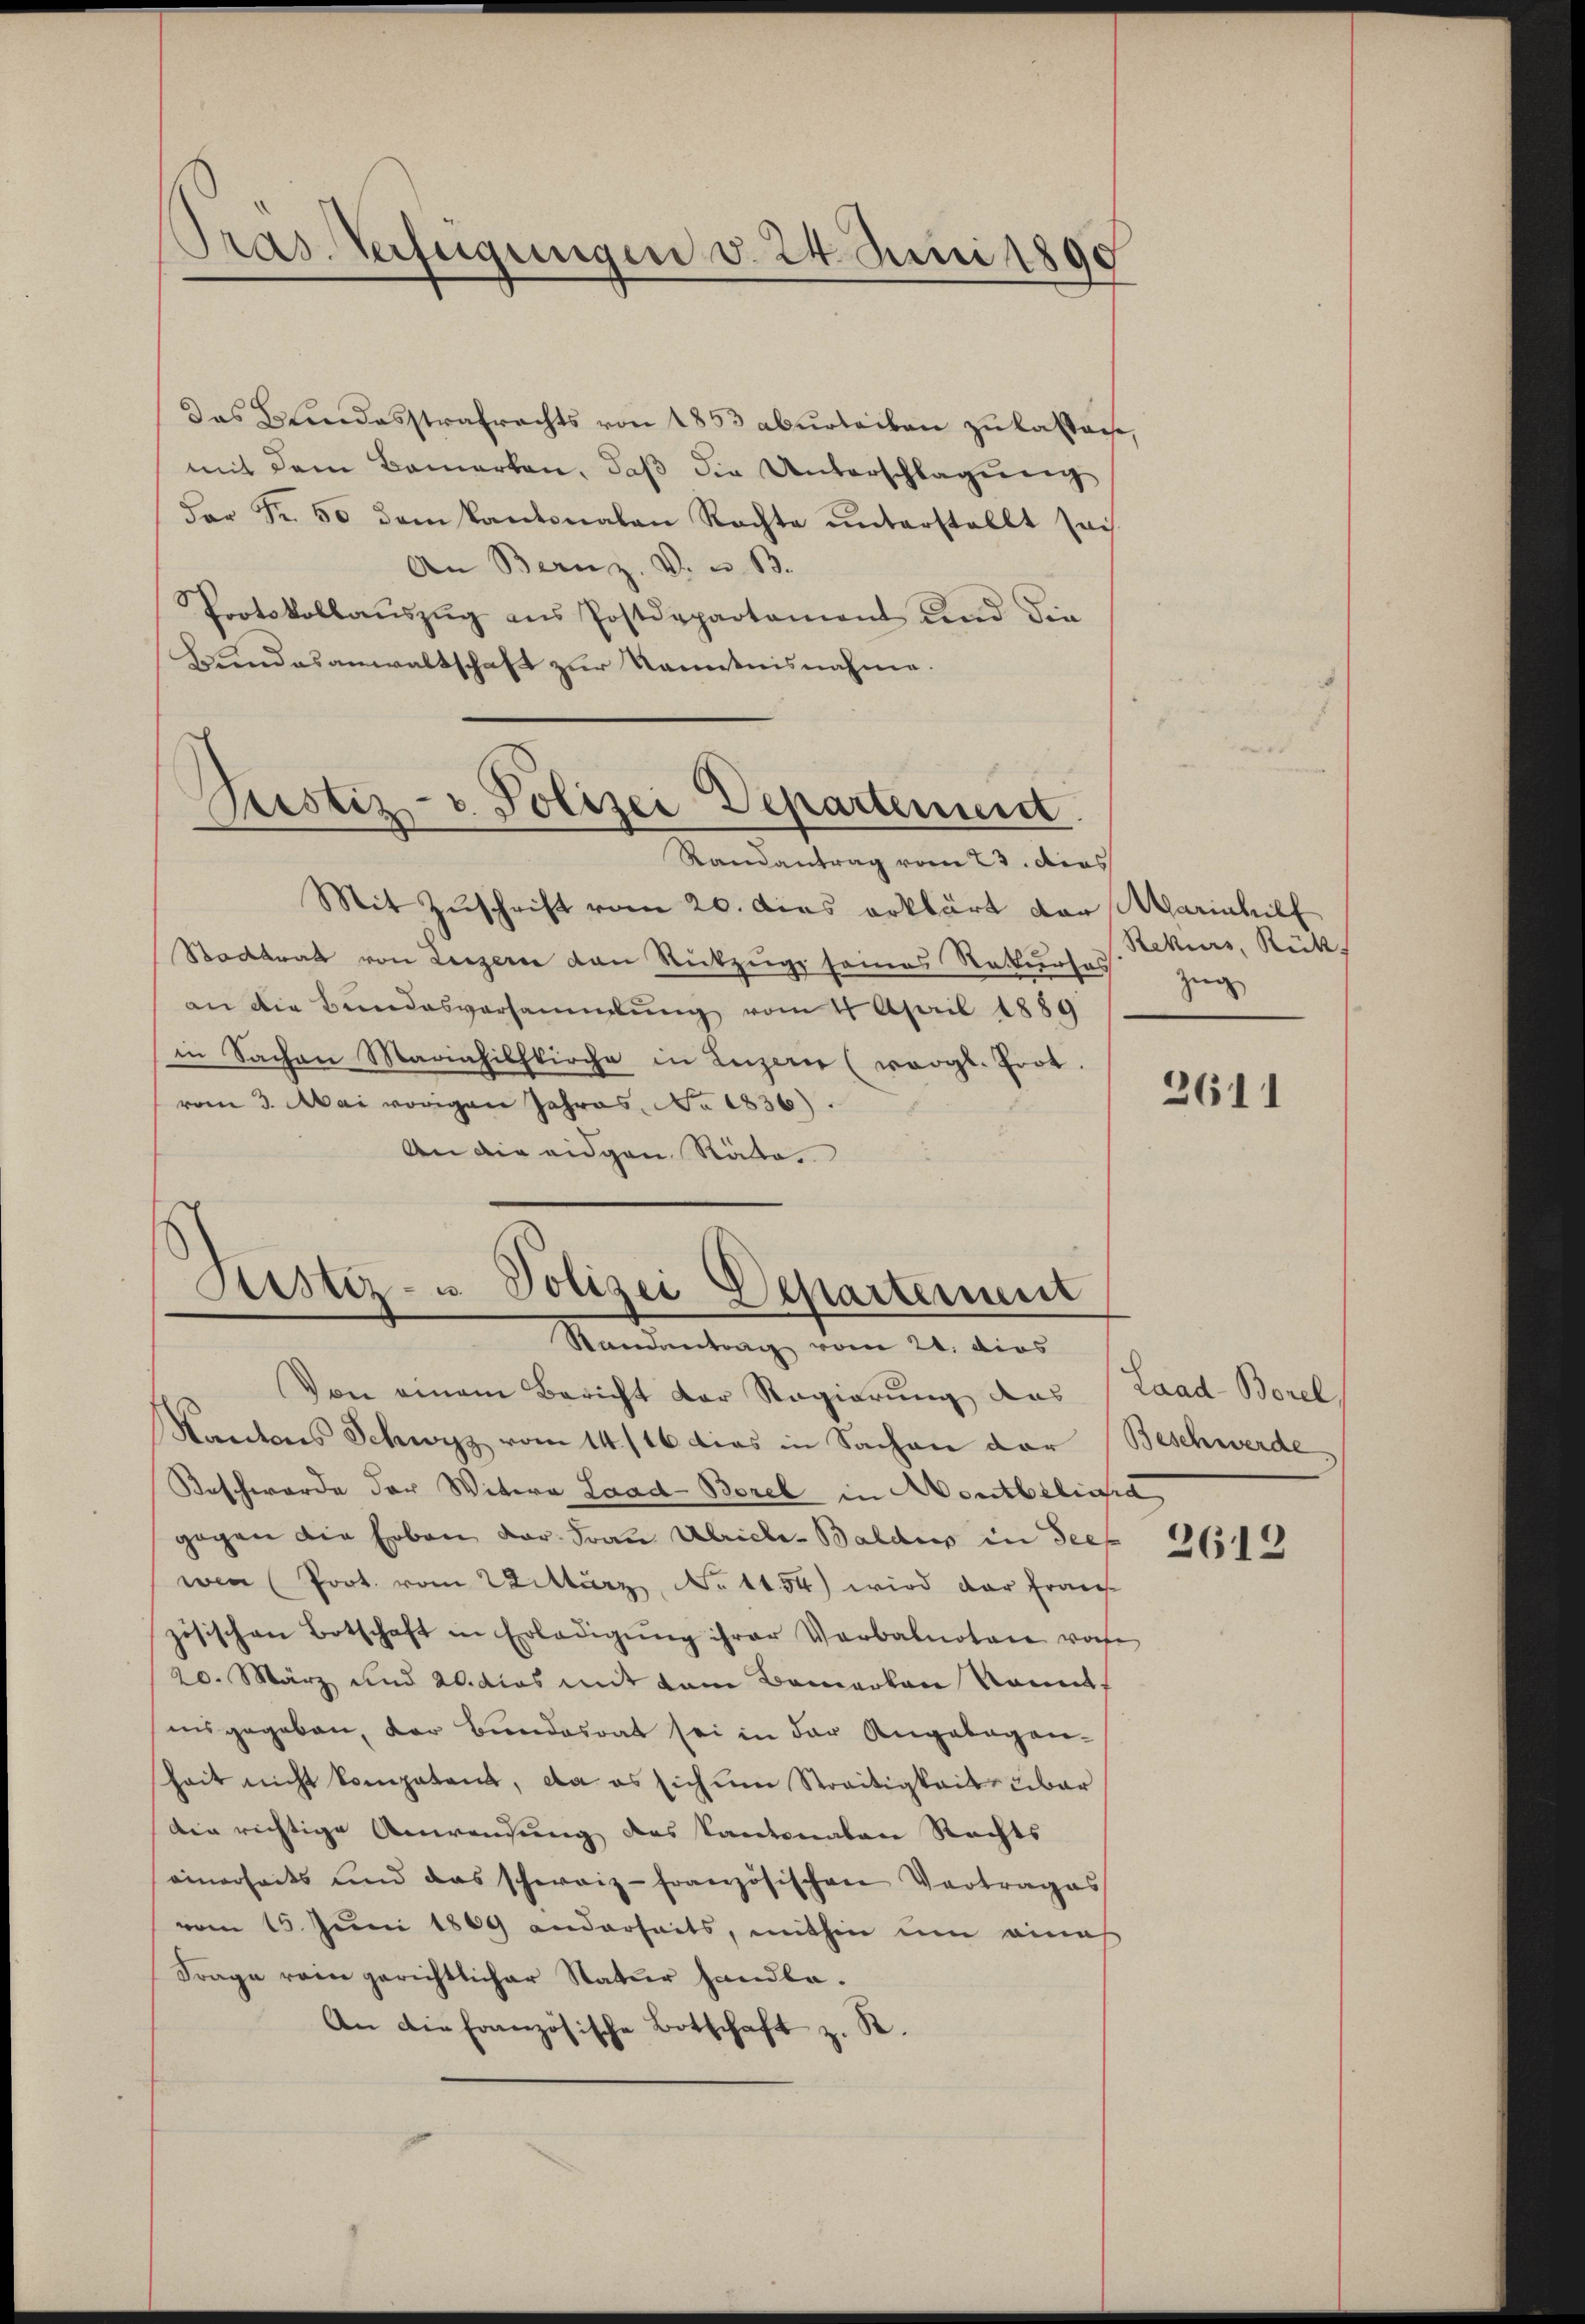
Tras-Verfügungen d. 24. Juni 1890

das Kindesstrafrechts von 1853 aberleiben zŭ lassen.
mit dem Bemerken, daß die Unterschlagung
Far Fr. 50 dem Kantonalen Rechte ŭnterstellt sei
An Bern z. v. u. B.
Protokollaŭszŭg ans Postdepartament und die
Bundesanwaltschaft zur Kenntnisnahme.

Pustiz- & Polizei Departement
Randantrag vom 23. dies

Justiz- u Polizei Departement
Randantrag vom 21. dies

Mit Zuschrift vom 20. Das erklärt der Marinhilf
Stadtrat von Luzern von Rückzuge seines Rekurses Zug
an die Bundesversammlung vom 4 April 1889
in Sachen Mariahilskirche in Luzern (vergl. Trot.
vom 3. Mai vorigen Jahres, No 1836).
An die eidgen Räte

Von einem Bericht der Regierung das (Laad-Borel
Kantons Schwyz vom 14./16 dies in Sachen der (Beschwerde
Beschwerde der Witwe Laad-Borel in entbliche
gegen die hoben der Frau Ulriche-Baldus in Seewee (Poot. vom 22. März, No 1154) wird der franch
zösischen Botschaft in Erledigŭng ihrer Verbalnotare vorhe
20. März und 20. dies mit dem Bemerken konnt
insgegeben, der Bundesrat sei in der Angebogen-
Zeit nicht kompetent, da es sich im Streitigkeit über
die richtige Anweisung des Kantonalen Rechts
einerseits und das schweiz-französischen Vertrages
vom 15. Juni 1809 anderseits, mithin um eine
Frage rein gerichtlicher Statur handle.
An die französische Botschaft z. R.

Rekurs, Rücks

2611

2612